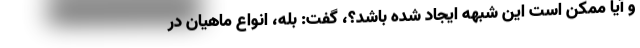
و آیا ممکن است این شبهه ایجاد شده باشد؟، گفت: بله، انواع ماهیان در